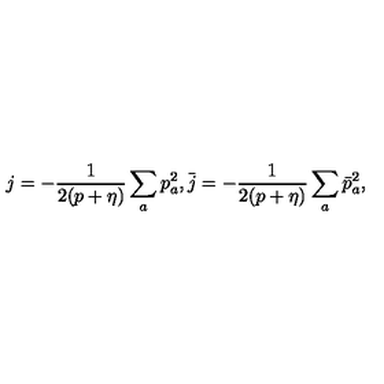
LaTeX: j = - \frac { 1 } { 2 ( p + \eta ) } \sum _ { a } p _ { a } ^ { 2 } , \bar { j } = - \frac { 1 } { 2 ( p + \eta ) } \sum _ { a } \bar { p } _ { a } ^ { 2 } ,